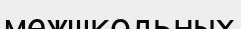
межшкольных